Vaccination in Bombay 1913-1923 - 1913-1923
Year: 1913
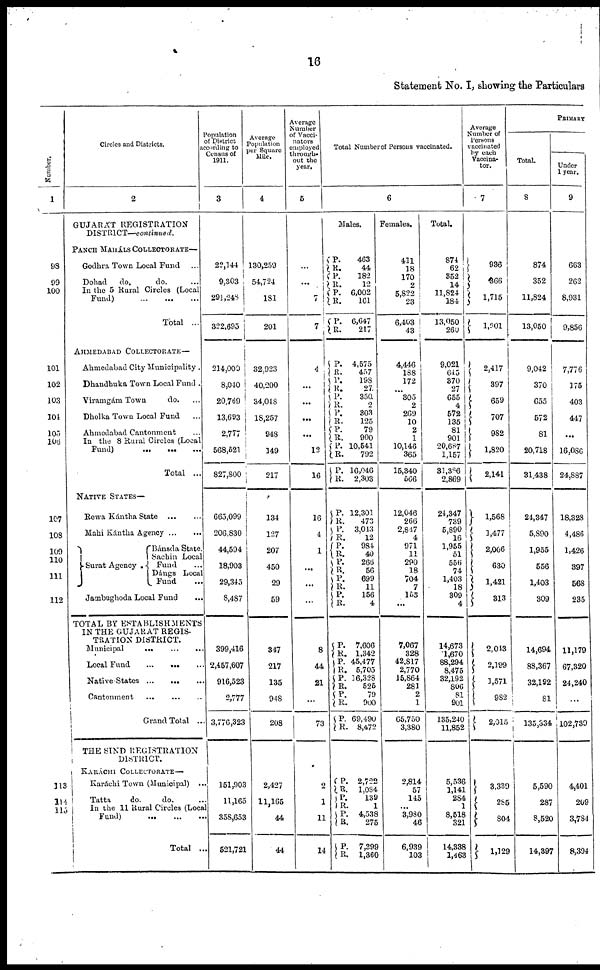
16
Statement No. I, showing the Particulars
Number.
1
98
99
100
101
102
103
104
105
106
107
108
109
110
111
112
113
114
115
Circles and Districts.
2
GUJARÁT REGISTRATION
DISTRICT—continued.
PANCH MAHÁLS COLLECTORATE—
Godhra Town Local Fund ...
Dohad
do.
do. ...
In the 5 Rural Circles (Local
Fund)
...
...
...
Total ...
AHMEDABAD COLLECTORATE—
Ahmedabad City Municipality .
Dhandhuka Town Local Fund .
Viramgám Town
do. ...
Dholka Town Local Fund ...
Ahmedabad Cantonment ...
In the 8 Rural Circles (Local
Fund) ... ... ...
Total ...
NATIVE STATES—
Rewa Kántha State
...
...
Mahi Kántha Agency
...
...
Surat Agency .
Bánsda State.
Sachin Local
Fund ...
Dángs Local
Fund ...
Jambughoda Local Fund ...
TOTAL BY ESTABLISHMENTS
IN THE GUJARAT REGIS-
TRATION DISTRICT.
Municipal
...
...
...
Local Fund ... ... ...
Native-States
...
...
...
Cantonment ... ... ...
Grand
Total
...
THE SIND REGISTRATION
DISTRICT.
KARÁCHI COLLECTORATE—
Karáchi Town (Municipal) ...
Tatta
do.
do. ...
In the 11 Rural Circles (Local
Fund) ... ... ...
Total ...
Population
of District
according to
Census of
1911.
3
22,144
9,303
291,248
322,695
214,000
8,040
20,769
13,693
2,777
568,521
827,800
665,099
206,830
44,594
18,903
29,345
8,487
399,416
2,457,607
916,523
2,777
3,776,323
151,903
11,165
358,653
521,721
Average
Population
per Square
Mile.
4
130,259
54,724
181
201
32,923
40,200
34,048
18,257
948
149
217
134
127
207
450
29
59
347
217
135
948
208
2,427
11,165
44
44
Average
Number
of Vacci-
nators
employed
through-
out the
year.
5
...
...
7
7
4
...
...
...
...
12
16
16
4
1
...
...
...
8
44
21
...
73
2
1
11
14
Total Number of Persons vaccinated.
6
Males.
P.
R.
P.
R.
P.
R.
P.
R.
P.
R.
P.
R.
P.
R.
P.
R.
P.
R. P.
R.
P.
R.
P.
R.
P.
R.
P.
R. P.
R.
P.
R.
P.
R.
P.
R.
P.
R.
P.
R.
P.
R.
P.
R.
P.
R.
P.
R.
P.
R.
P.
R.
463
44
182
12
6,002
161
6,647
217
4,575
457
198
27
350
2
303
125
79
900
10,541
792
16,046
2,303
12,301
473
3,043
12
984
40
266
56
699
11
156
4
7,606
1,342
45,477
5,705
16,328
525
79
900
69,490
8,472
2,722
1,084
139
1
4,538
275
7,399
1,360
Females.
411
18
170
2
5,822
23
6,403
43
4,446
188
172
...
305
2
269
10
2
1
10,146
365
15,340
566
12,046
266
2,847
4
971
11
290
18
704
7
153
...
7,067
328
42,817
2,770
15,864
281
2
1
65,750
3,380
2,814
57
145
...
3,980
46
6,939
103
Total.
874
62
352
14
11,824
184
13,050
260
9,021
645
370
27
655
4
572
135
81
901
20,687
1,157
31,386
2,869
24,347
739
5,890
16
1,955
51
556
74
1,403
18
309
4
14,673
1,670
88,294
8,475
32,192
806
81
901
135,240
11,852
5,536
1,141
284
1
8,518
321
14,338
1,463
Average
Number of
Persons
vaccinated
by each
Vaccina-
tor.
7
936
366
1,715
1,901
2,417
397
659
707
982
1,820
2,141
1,568
1,477
2,006
630
1,421
313
2,043
2,199
1,571
982
2,015
3,339
285
804
1,129
PRIMARY
Total.
8
874
352
11,824
13,050
9,042
370
655
572
81
20,718
31,438
24,347
5,890
1,955
556
1,403
309
14,694
88,367
32,192
81
135,334
5,590
287
8,520
14,397
Under
1 year.
9
663
262
8,931
9,856
7,776
175
403
447
...
16,086
24,887
18,328
4,486
1,426
397
568
235
11,179
67,320
24,240
...
102,739
4,401
209
3,784
8,394